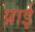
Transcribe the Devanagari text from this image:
प्राई